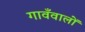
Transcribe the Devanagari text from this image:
गावँवालों